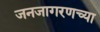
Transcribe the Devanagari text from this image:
जनजागरणच्या